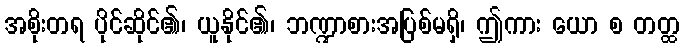
အစိုးတရ ပိုင်ဆိုင်၏၊ ယူနိုင်၏၊ ဘဏ္ဍာစားအပြစ်မရှိ၊ ဤကား ယော စ တတ္ထ